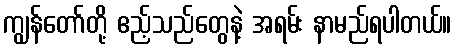
ကျွန်တော်တို့ ဧည့်သည်တွေနဲ့ အရမ်း နာမည်ရပါတယ်။